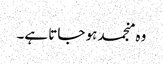
وہ منجمد ہو جاتا ہے۔